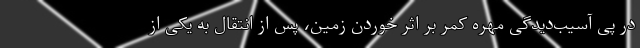
در پی آسیب‌دیدگی مهره کمر بر اثر خوردن زمین، پس از انتقال به یکی از